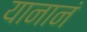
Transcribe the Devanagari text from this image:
यानानं